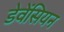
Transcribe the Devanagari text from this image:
डेवेंसियन